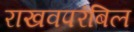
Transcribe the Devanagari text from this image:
राखवपरंबिल